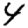
Digit: 4